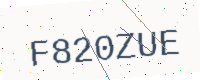
Text: F820ZUE